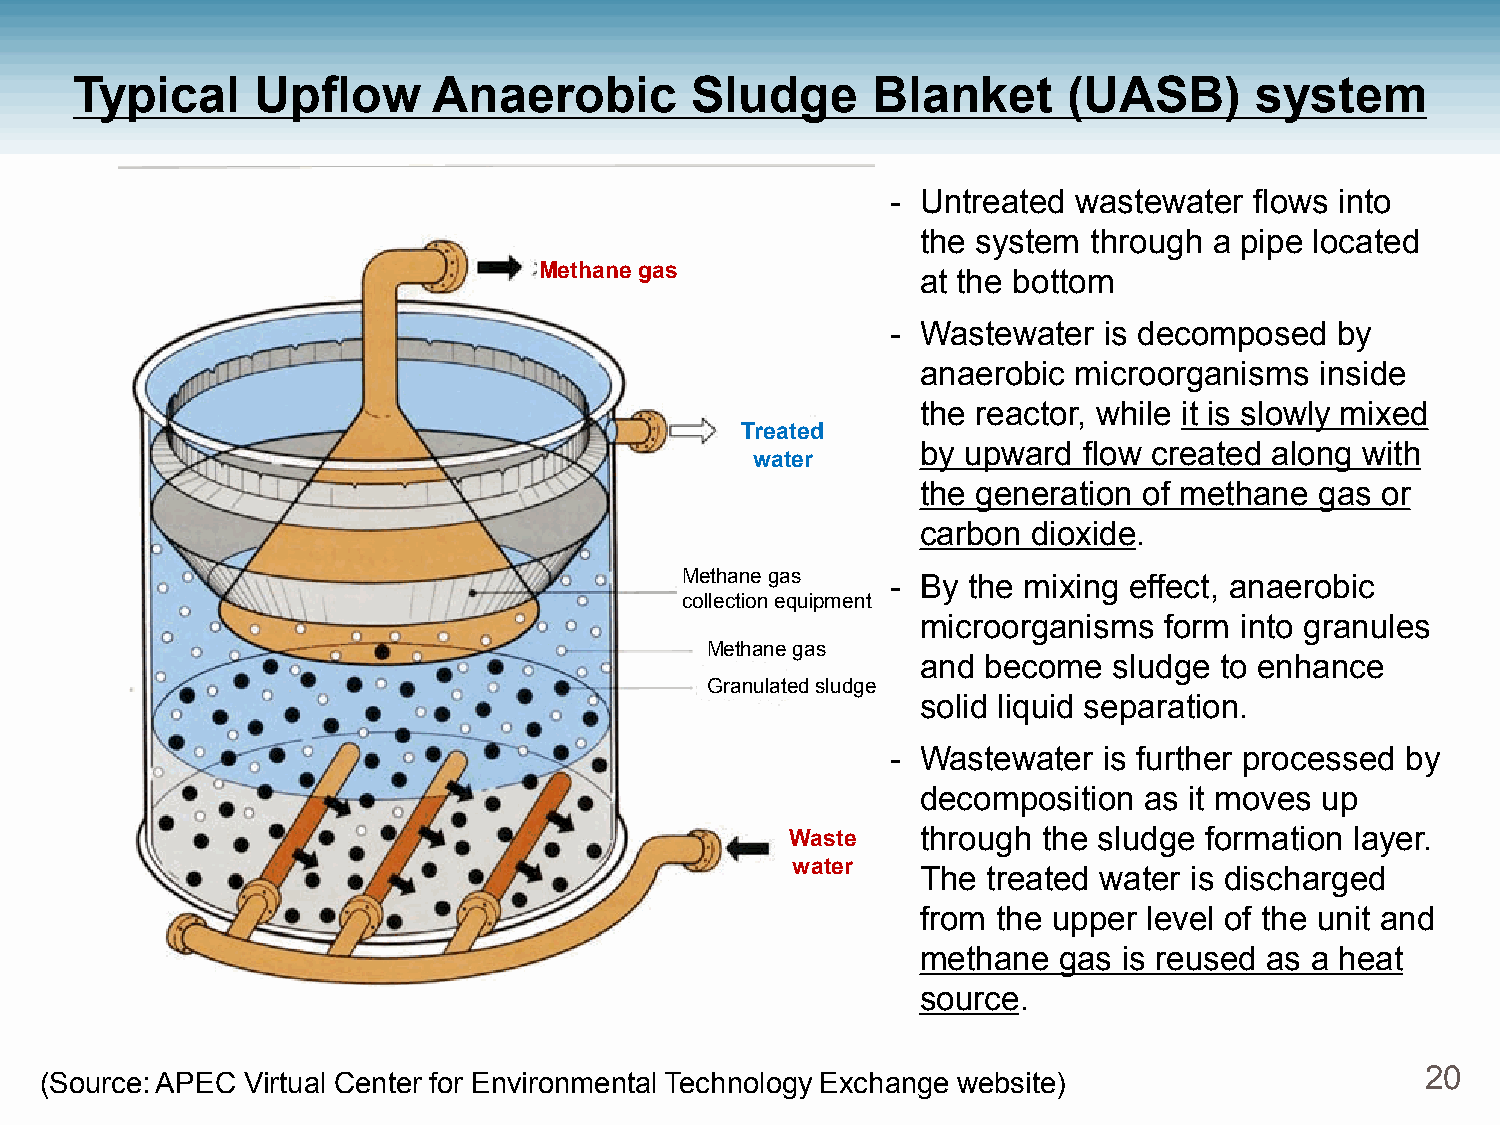
Typical     Upflow      Anaerobic        Sludge      Blanket      (UASB)      system
 - Untreated wastewater  flows into
 the system through a pipe located
 Methane gas
 at the bottom
 - Wastewater  is decomposed   by
 anaerobic microorganisms  inside
 the reactor, while it is slowly mixed
 Treated
 by upward  flow created along with
 water
 the generation of methane gas or
 carbon dioxide.
 Methane gas   - By the mixing effect, anaerobic
 collection equipment
 microorganisms  form into granules
 Methane gas
 and become   sludge to enhance
 Granulated sludge
 solid liquid separation.
 - Wastewater  is further processed by
 decomposition  as it moves up
 Waste    through the sludge formation layer.
 water
 The treated water is discharged
 from the upper level of the unit and
 methane  gas is reused as a heat
 source.
 20
 (Source: APEC Virtual Center for Environmental Technology Exchange website)